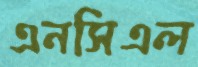
এনসিএল